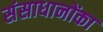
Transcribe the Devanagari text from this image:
संसाधानोंका